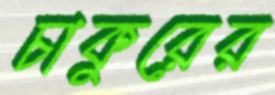
চাকুরের